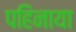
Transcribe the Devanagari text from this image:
पहिनाया